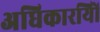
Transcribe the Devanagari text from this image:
अधिकारयिों